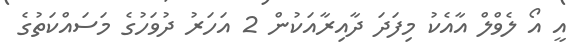
އީ އޯ ލެވްލް އާއެކު މިފަދަ ދާއިރާއަކުން 2 އަހަރު ދުވަހުގެ މަސައްކަތުގެ